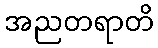
အညတရာတိ